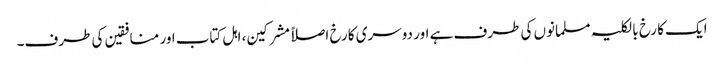
ایک کا رخ بالکلیہ مسلمانوں کی طرف ہے اور دوسری کا رخ اصلاً مشرکین، اہل کتاب اور منافقین کی طرف۔